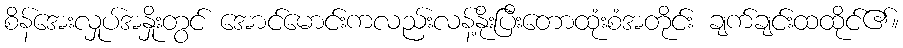
စိန်အေးလှုပ်အနှိုးတွင် အောင်မောင်းကလည်းလန့်နိုးပြီးတောထုံးစံအတိုင်း ချက်ချင်းထထိုင်၏။